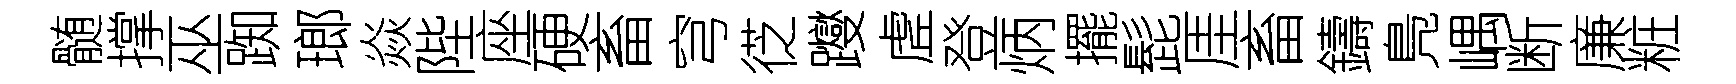
髄撑巫踟瑯焱陛座硬畜穹徔躞虗登炳擺髭厓畜鑄鳬嵎断廉粧